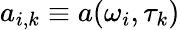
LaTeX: a_{i,k}\equiv a(\omega_{i},\tau_{k})